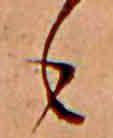
も